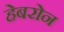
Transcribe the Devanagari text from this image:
हेबरोन